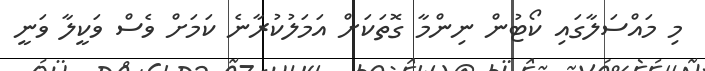
މި މައްސަލާގައި ކޯޓުން ނިންމާ ގޮތަކަށް އަމަލުކުރާނެ ކަމަށް ވެސް ވަކީލާ ވަނީ